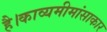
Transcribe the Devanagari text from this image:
है।काव्यमीमांसाकार